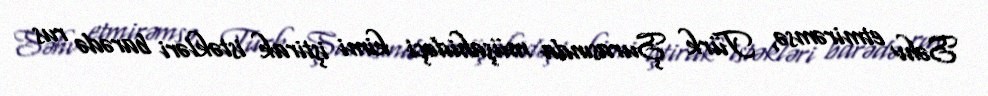
Səhv etmirəmsə, Türk Şurasında müşahidəçi kimi iştirak istəkləri barədə rus